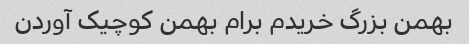
بهمن بزرگ خریدم برام بهمن کوچیک آوردن